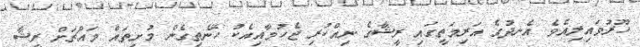
ހޫރުވައިލިއެވެ. އެނދުގެ އަރިމަތީީގައި ރީޝާގެ ނިއްކުރި ޖެހުމާއިއެކު ހޭނެތިގެން މުށިތައް މައްޗަށް ރީޝާ